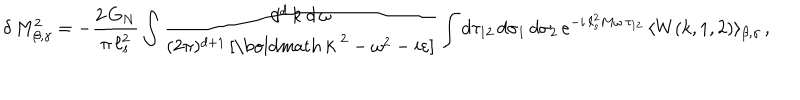
\delta \, M _ { \beta , \gamma } ^ { 2 } = - \frac { 2 \, G _ { N } } { \pi \, \ell _ { s } ^ { 2 } } \int \frac { d ^ { d } \, k \ d \, \omega } { ( 2 \pi ) ^ { d + 1 } \, [ \mathrm { \boldmath ~ k ~ } ^ { 2 } - \omega ^ { 2 } - i \varepsilon ] } \int d \tau _ { 1 2 } \, d \sigma _ { 1 } \, d \sigma _ { 2 } \, e ^ { - i \, \ell _ { s } ^ { 2 } M \omega \, \tau _ { 1 2 } } \, \langle W ( k , 1 , 2 ) \rangle _ { \beta , \gamma } \, ,